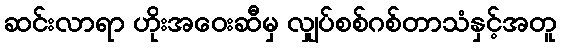
ဆင်းလာရာ ဟိုးအဝေးဆီမှ လျှပ်စစ်ဂစ်တာသံနှင့်အတူ